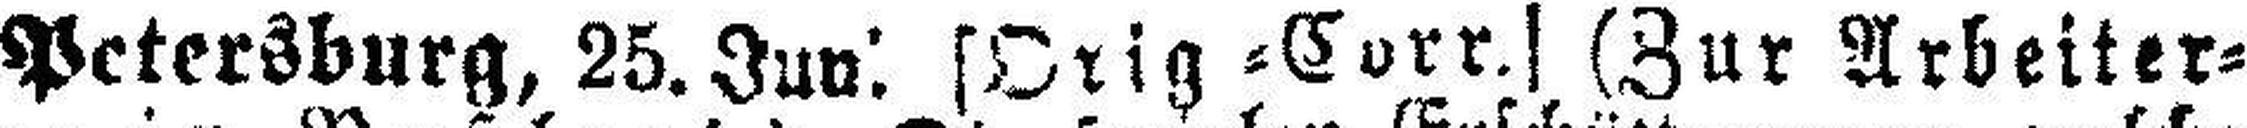
Petersburg, 25.Jun. [Orig=Corr.] (Zur Arbeiter¬